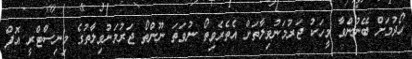
ހޯދުމަށް ބޭނުންވާ މީހަކު ޖަރުމަނުވިލާތަށް އެތެރެވިތޯ ނުވަތަ ނޫންތޯ ޖަރުމަނުވިލާތުގެ މިނިސްޓްރީ އޮފް